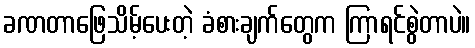
ခဏတာဖြေသိမ့်ပေးတဲ့ ခံစားချက်တွေက ကြာရင်စွဲတာပဲ။